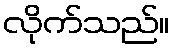
လိုက်သည်။